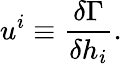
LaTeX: u^{i}\equiv\frac{\delta\Gamma}{\delta h_{i}}.